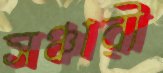
সঞ্চারী